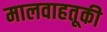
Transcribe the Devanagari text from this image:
मालवाहतूकी